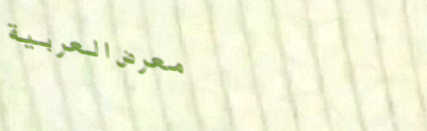
معرض العربية